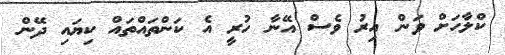
ކްލާހަށް ވަން އިރު ވެސް އޭނާ ހުރީ އެ ކަންތައްތައް ކިޔައި ދޭން